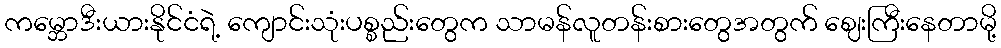
ကမ္ဘောဒီးယားနိုင်ငံရဲ့ ကျောင်းသုံးပစ္စည်းတွေက သာမန်လူတန်းစားတွေအတွက် ဈေးကြီးနေတာမို့